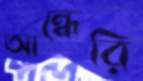
আন্ধেরি